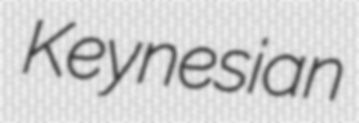
Keynesian